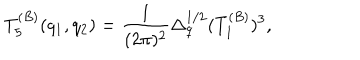
LaTeX: T _ { 5 } ^ { ( B ) } ( q _ { 1 } , q _ { 2 } ) = { \frac { 1 } { ( 2 \pi ) ^ { 2 } } } \Delta _ { q } ^ { 1 / 2 } ( T _ { 1 } ^ { ( B ) } ) ^ { 3 } ,